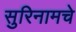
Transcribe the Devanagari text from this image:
सुरिनामचे